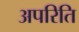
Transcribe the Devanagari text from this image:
अपरिति